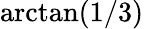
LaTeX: \arctan(1/3)